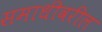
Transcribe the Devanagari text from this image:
समाधीवरील